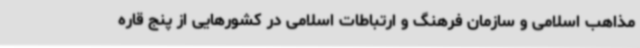
مذاهب اسلامی و سازمان فرهنگ و ارتباطات اسلامی در کشورهایی از پنج قاره